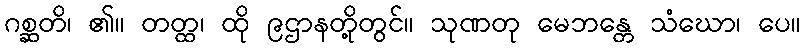
ဂစ္ဆတိ၊ ၏။ တတ္ထ၊ ထို ၉ဌာနတို့တွင်။ သုဏတု မေဘန္တေ သံဃော၊ ပေ။